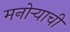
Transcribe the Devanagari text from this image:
मनोर्‍याची